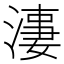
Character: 𱨌